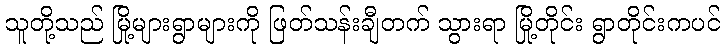
သူတို့သည် မြို့များရွာများကို ဖြတ်သန်းချီတက် သွားရာ မြို့တိုင်း ရွာတိုင်းကပင်